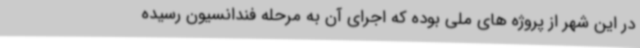
در این شهر از پروژه های ملی بوده که اجرای آن به مرحله فندانسیون رسیده